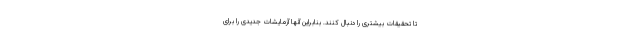
تا تحقیقات بیشتری را دنبال کنند. بنابراین آنها آزمایشات جدیدی را برای